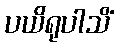
ပယိရုပါသိံ